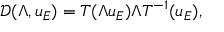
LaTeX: \mathcal { D } ( \Lambda , u _ { E } ) = T ( \Lambda u _ { E } ) \Lambda T ^ { - 1 } ( u _ { E } ) ,